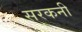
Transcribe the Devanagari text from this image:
सरकनी